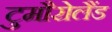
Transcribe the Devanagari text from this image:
टुमौरोलैंड